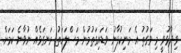
ވިދާޅުވީ މި ވަގުތު އެ މަނިކުފާނު ވަޑައިގަތުމުން މަސްލަހަތު ރަނގަޅެއް ނުވާނެ ކަމަށް.